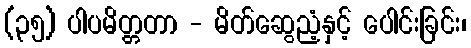
(၃၅) ပါပမိတ္တတာ - မိတ်ဆွေညံ့နှင့် ပေါင်းခြင်း၊